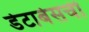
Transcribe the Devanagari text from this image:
डेटाबेसची